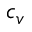
c _ { v }